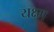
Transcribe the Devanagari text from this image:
यक्ष्म